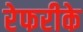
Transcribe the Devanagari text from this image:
रेफरीके